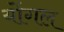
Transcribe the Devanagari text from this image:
योंगल